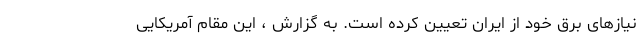
نیاز‌های برق خود از ایران تعیین کرده است. به گزارش ، این مقام آمریکایی